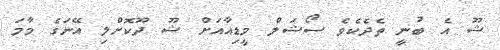
ޝޫ އެ ބުނީ ތެދެކެވެ ސޯޝަލް މީޑިއާއަށް ޝޫ ދޫކޮށްލި އޭނަގެ މާމަ